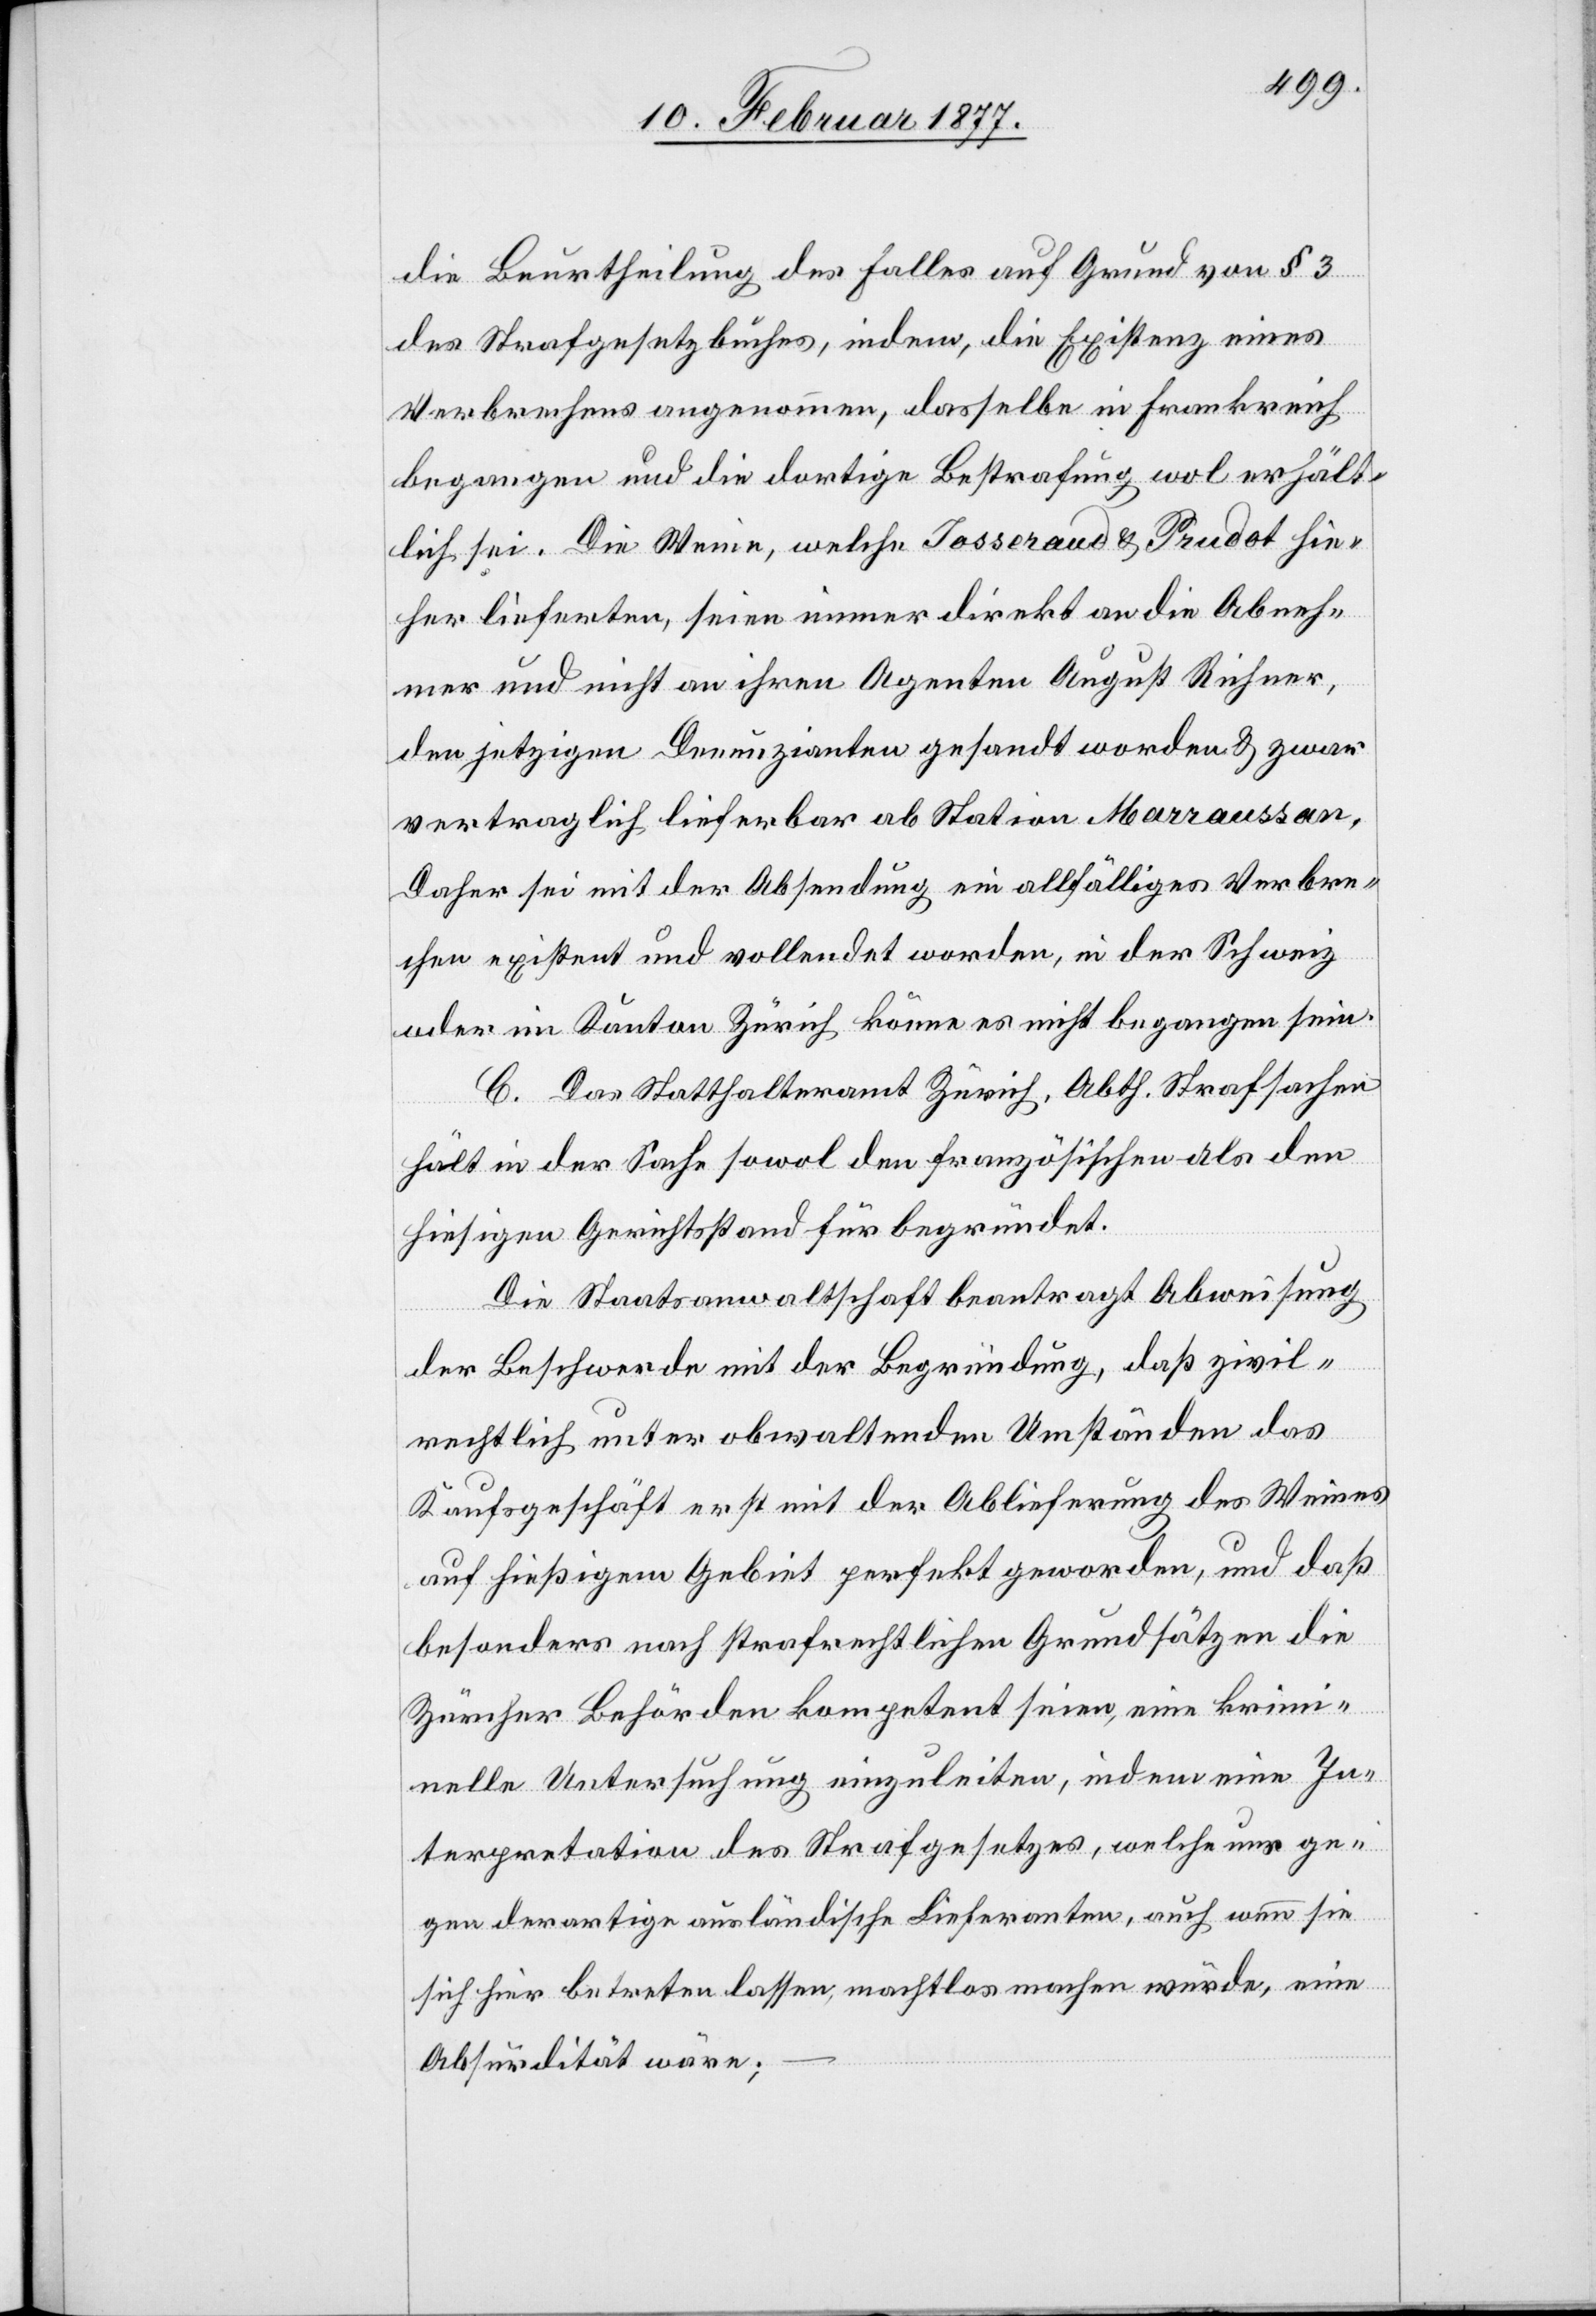
die Beurtheilung des Falles auf Grund von § 3
des Strafgesetzbuches, indem, die Existenz eines
Verbrechens angenommen, dasselbe in Frankreich
begangen und die dortige Bestrafung wol erhält¬
lich sei. Die Weine, welche Josseraud & Prudot hie¬
her lieferten, seien immer direkt an die Abneh¬
mer und nicht an ihren Agenten August Richner,
den jetzigen Denunzianten gesandt worden & zwar
vertraglich lieferbar ab Station Marraussan.
Daher sei mit der Absendung ein allfälliges Verbre¬
chen existent und vollendet worden, in der Schweiz
oder im Kanton Zürich könne es nicht begangen sein.
C. Das Statthalteramt Zürich, Abth. Strafsachen
hält in der Sache sowol den französischen als den
hiesigen Gerichtsstand für begründet.
Die Staatsanwaltschaft beantragt Abweisung
der Beschwerde mit der Begründung, daß zivil¬
rechtlich unter obwaltenden Umständen das
Kaufsgeschäft erst mit der Ablieferung des Weines
auf hießigem Gebiet perfekt geworden, und daß
besonders nach strafrechtlichen Grundsätzen die
Züricher Behörden kompetent seien, eine krimi¬
nelle Untersuchung einzuleiten, indem eine In¬
terpretation des Strafgesetzes, welche nur ge¬
gen derartige ausländische Lieferanten, auch wenn sie
sich hier betreten lassen, machtlos machen würde, eine
Absurdität wäre;